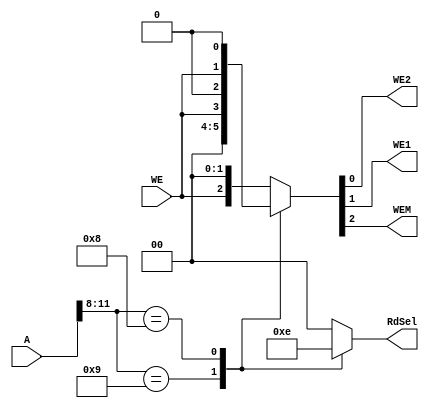
`timescale 1ns / 1ps
//////////////////////////////////////////////////////////////////////////////////
// Company: 
// Engineer: 
// 
// Design Name: 
// Module Name: SoC_AD
// Project Name: 
// Target Devices: 
// Tool Versions: 
// Description: 
// 
// Dependencies: 
// 
// Revision:
// Revision 0.01 - File Created
// Additional Comments:
// 
//////////////////////////////////////////////////////////////////////////////////


module SoC_ad(
    input [31:0]A,
    input WE,
    output reg WE2, WE1, WEM, 
    output reg [1:0]RdSel
    );
    
    initial begin
        WE2 = 1'b0;
        WE1 = 1'b0;
        WEM = 1'b0;
    end
    
    always @( WE, A ) begin
        case (A[11:8])
            4'h9:    begin { WEM, WE1, WE2 } = { 1'b0, 1'b0, WE }; RdSel = 2'b11; end // GPIO
            4'h8:    begin { WEM, WE1, WE2 } = { 1'b0, WE, 1'b0 }; RdSel = 2'b10; end // Factorial Accelerator
            default: begin { WEM, WE1, WE2 } = { WE, 1'b0, 1'b0 }; RdSel = 2'b00; end // Data Memory
        endcase
    end
    
endmodule